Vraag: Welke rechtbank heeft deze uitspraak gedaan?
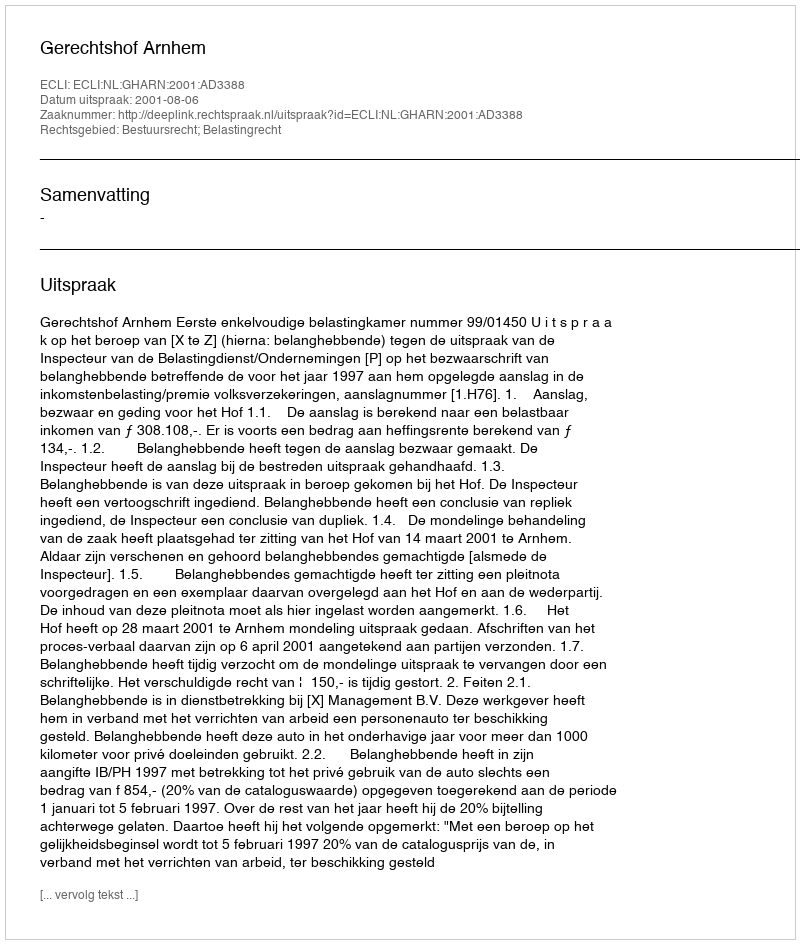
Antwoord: Gerechtshof Arnhem